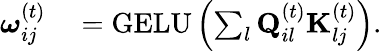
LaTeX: \begin{array}{rl}{\boldsymbol{\omega}_{ij}^{(t)}}&{{}=\mathrm{GELU}\left(\sum_{l}\mathbf{Q}_{il}^{(t)}\mathbf{K}_{lj}^{(t)}\right).}\end{array}